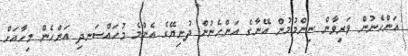
އަންހެނުން ވަރިވާން ނިންމުމުން އޭނާގެ އަންހެނުން ދުނިޔޭގެ އެންމެ މުހައްސަނދި އަންހެން މިހާއަށް